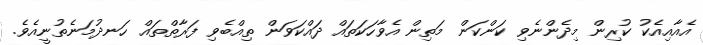
އެއާއިއެކު ކުރިން މިދެންނެވި ކަންކަން މަތިން އެވާހަކަތައް ދައްކަވަން ތިއްބެވި ފަރާތްތައް ހަނދުމަނެތުނީއެވެ.